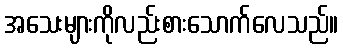
အသေးများကိုလည်းစားသောက်လေသည်။